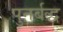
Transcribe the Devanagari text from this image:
पुनर्बद्ध